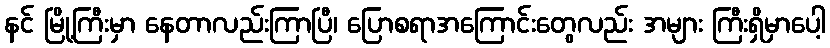
နင် မြို့ကြီးမှာ နေတာလည်းကြာပြီ၊ ပြောစရာအကြောင်းတွေလည်း အများ ကြီးရှိမှာပေါ့